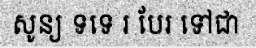
សូន្យ ទទេ រ បែរ ទៅជា